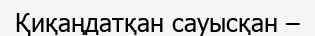
Қиқаңдатқан сауысқан –